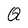
Character: Q